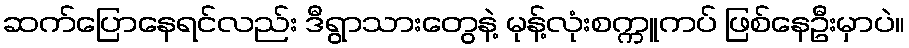
ဆက်ပြောနေရင်လည်း ဒီရွာသားတွေနဲ့ မုန့်လုံးစက္ကူကပ် ဖြစ်နေဦးမှာပဲ။